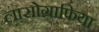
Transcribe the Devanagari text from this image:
लासोग्राफिया